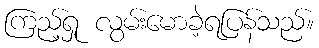
ကြည့်ရှု လွမ်းမောခဲ့ရပြန်သည်။